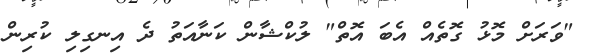
"ވަރަށް މޮޅު ގޮތެއް އެބަ އޮތް" ލުކްޝާން ކަނާއަތު ދެ އިނގިލި ކުރިން